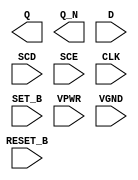
module sky130_fd_sc_hs__sdfbbp (
    Q      ,
    Q_N    ,
    D      ,
    SCD    ,
    SCE    ,
    CLK    ,
    SET_B  ,
    RESET_B,
    VPWR   ,
    VGND
);

    output Q      ;
    output Q_N    ;
    input  D      ;
    input  SCD    ;
    input  SCE    ;
    input  CLK    ;
    input  SET_B  ;
    input  RESET_B;
    input  VPWR   ;
    input  VGND   ;
endmodule